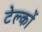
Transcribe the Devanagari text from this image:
टेल्कों